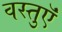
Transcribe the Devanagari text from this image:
वस्‍तुऍं